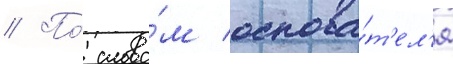
// По́ слова́м основа́т'ел'я